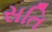
સતિ